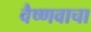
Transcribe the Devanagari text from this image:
वैष्णवाचा